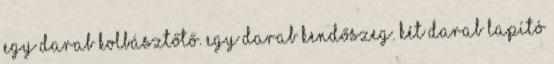
Egy darab kolbásztőtő. Egy darab kendőszeg. Két darab lapító